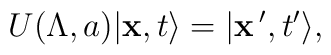
U(\Lambda ,a) \vert {\bf x} ,t \rangle = \vert {\bf x}\,', t' \rangle ,